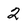
Character: 2